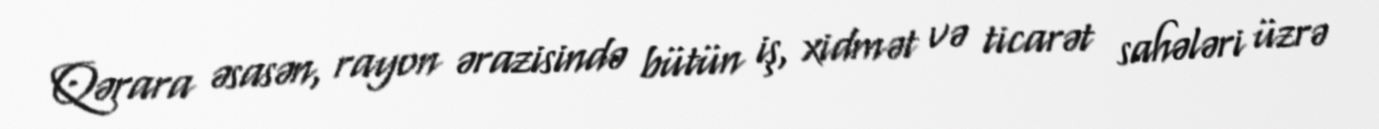
Qərara əsasən, rayon ərazisində bütün iş, xidmət və ticarət sahələri üzrə